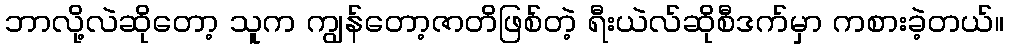
ဘာလို့လဲဆိုတော့ သူက ကျွန်တော့ဇာတိဖြစ်တဲ့ ရီးယဲလ်ဆိုစီဒက်မှာ ကစားခဲ့တယ်။